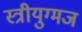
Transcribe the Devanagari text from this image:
स्त्रीयुग्मज